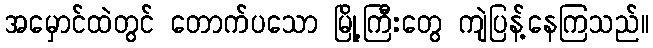
အမှောင်ထဲတွင် တောက်ပသော မြို့ကြီးတွေ ကျဲပြန့်နေကြသည်။